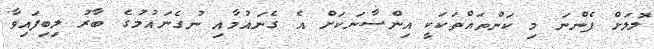
ލޮލަށް ފެންނަ މި ކަންތައްތަކަކީ އިންސާނަކަށް އެ ގެނައުމާއި ނުގެނައުމުގެ ބާރު ލިބިފައިވާ